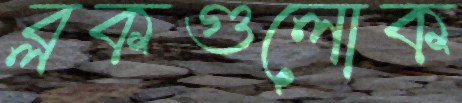
ব্লকগুলোক